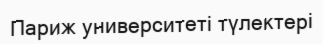
Париж университеті түлектері